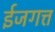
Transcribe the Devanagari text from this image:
ईजगत्त